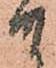
ま